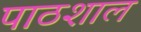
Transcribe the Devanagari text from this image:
पाठशाल